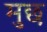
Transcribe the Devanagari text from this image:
मुछ